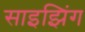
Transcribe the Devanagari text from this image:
साइझिंग